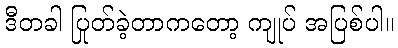
ဒီတခါ ပြုတ်ခဲ့တာကတော့ ကျုပ် အပြစ်ပါ။